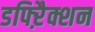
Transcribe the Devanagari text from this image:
डफ्ऱैिक्शन